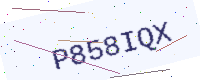
Text: P858IQX